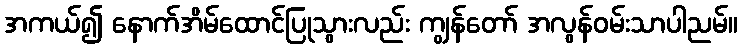
အကယ်၍ နောက်အိမ်ထောင်ပြုသွားလည်း ကျွန်တော် အလွန်ဝမ်းသာပါညမ်။